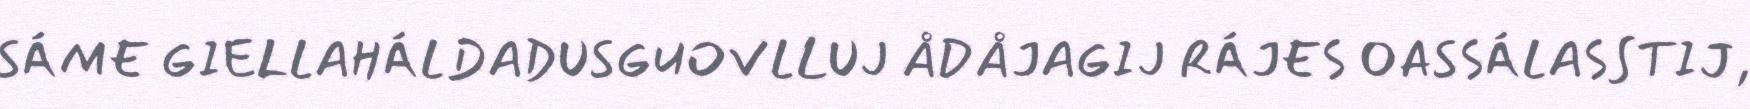
SÁME GIELLAHÁLDADUSGUOVLLUJ ÅDÅJAGIJ RÁJES OASSÁLASSTIJ,